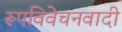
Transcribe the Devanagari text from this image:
रूपविवेचनवादी